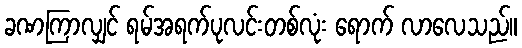
ခဏကြာလျှင် ရမ်အရက်ပုလင်းတစ်လုံး ရောက် လာလေသည်။